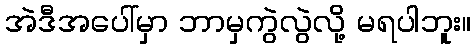
အဲဒီအပေါ်မှာ ဘာမှကွဲလွဲလို့ မရပါဘူး။